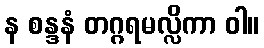
န စန္ဒနံ တဂ္ဂရမလ္လိကာ ဝါ။